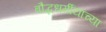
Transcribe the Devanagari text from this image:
बौद्धधर्मीयांच्या